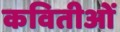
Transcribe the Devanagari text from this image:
कवितीओं